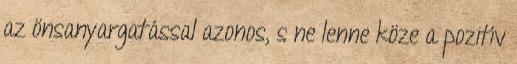
az önsanyargatással azonos, s ne lenne köze a pozitív